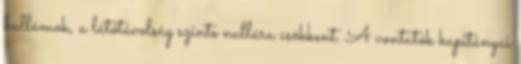
hullámok, a látótávolság szinte nullára csökkent. A vontatók kapitányai